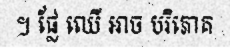
។ ផ្លែ ឈើ អាច បរិភោគ